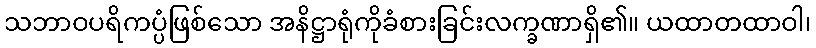
သဘာဝပရိကပ္ပံဖြစ်သော အနိဋ္ဌာရုံကိုခံစားခြင်းလက္ခဏာရှိ၏။ ယထာတထာဝါ၊